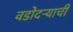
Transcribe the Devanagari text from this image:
वडोदऱ्याची